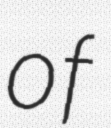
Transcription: of